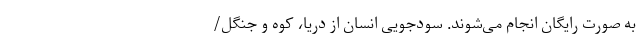
به صورت رایگان انجام می‌شوند. سودجویی انسان از دریا، کوه و جنگل/